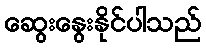
ဆွေးနွေးနိုင်ပါသည်